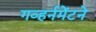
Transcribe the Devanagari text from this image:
गव्हर्नमेंटने